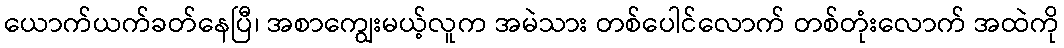
ယောက်ယက်ခတ်နေပြီ၊ အစာကျွေးမယ့်လူက အမဲသား တစ်ပေါင်လောက် တစ်တုံးလောက် အထဲကို